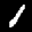
Label: 1